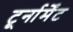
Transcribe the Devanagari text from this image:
टूर्नार्मेंट